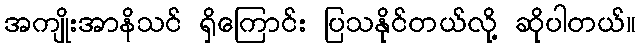
အကျိုးအာနိသင် ရှိကြောင်း ပြသနိုင်တယ်လို့ ဆိုပါတယ်။